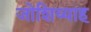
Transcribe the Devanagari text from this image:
जोशिय्याह